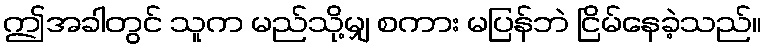
ဤအခါတွင် သူက မည်သို့မျှ စကား မပြန်ဘဲ ငြိမ်နေခဲ့သည်။